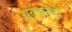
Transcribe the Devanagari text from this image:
अवकाडॊ